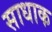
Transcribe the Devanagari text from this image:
साधाक